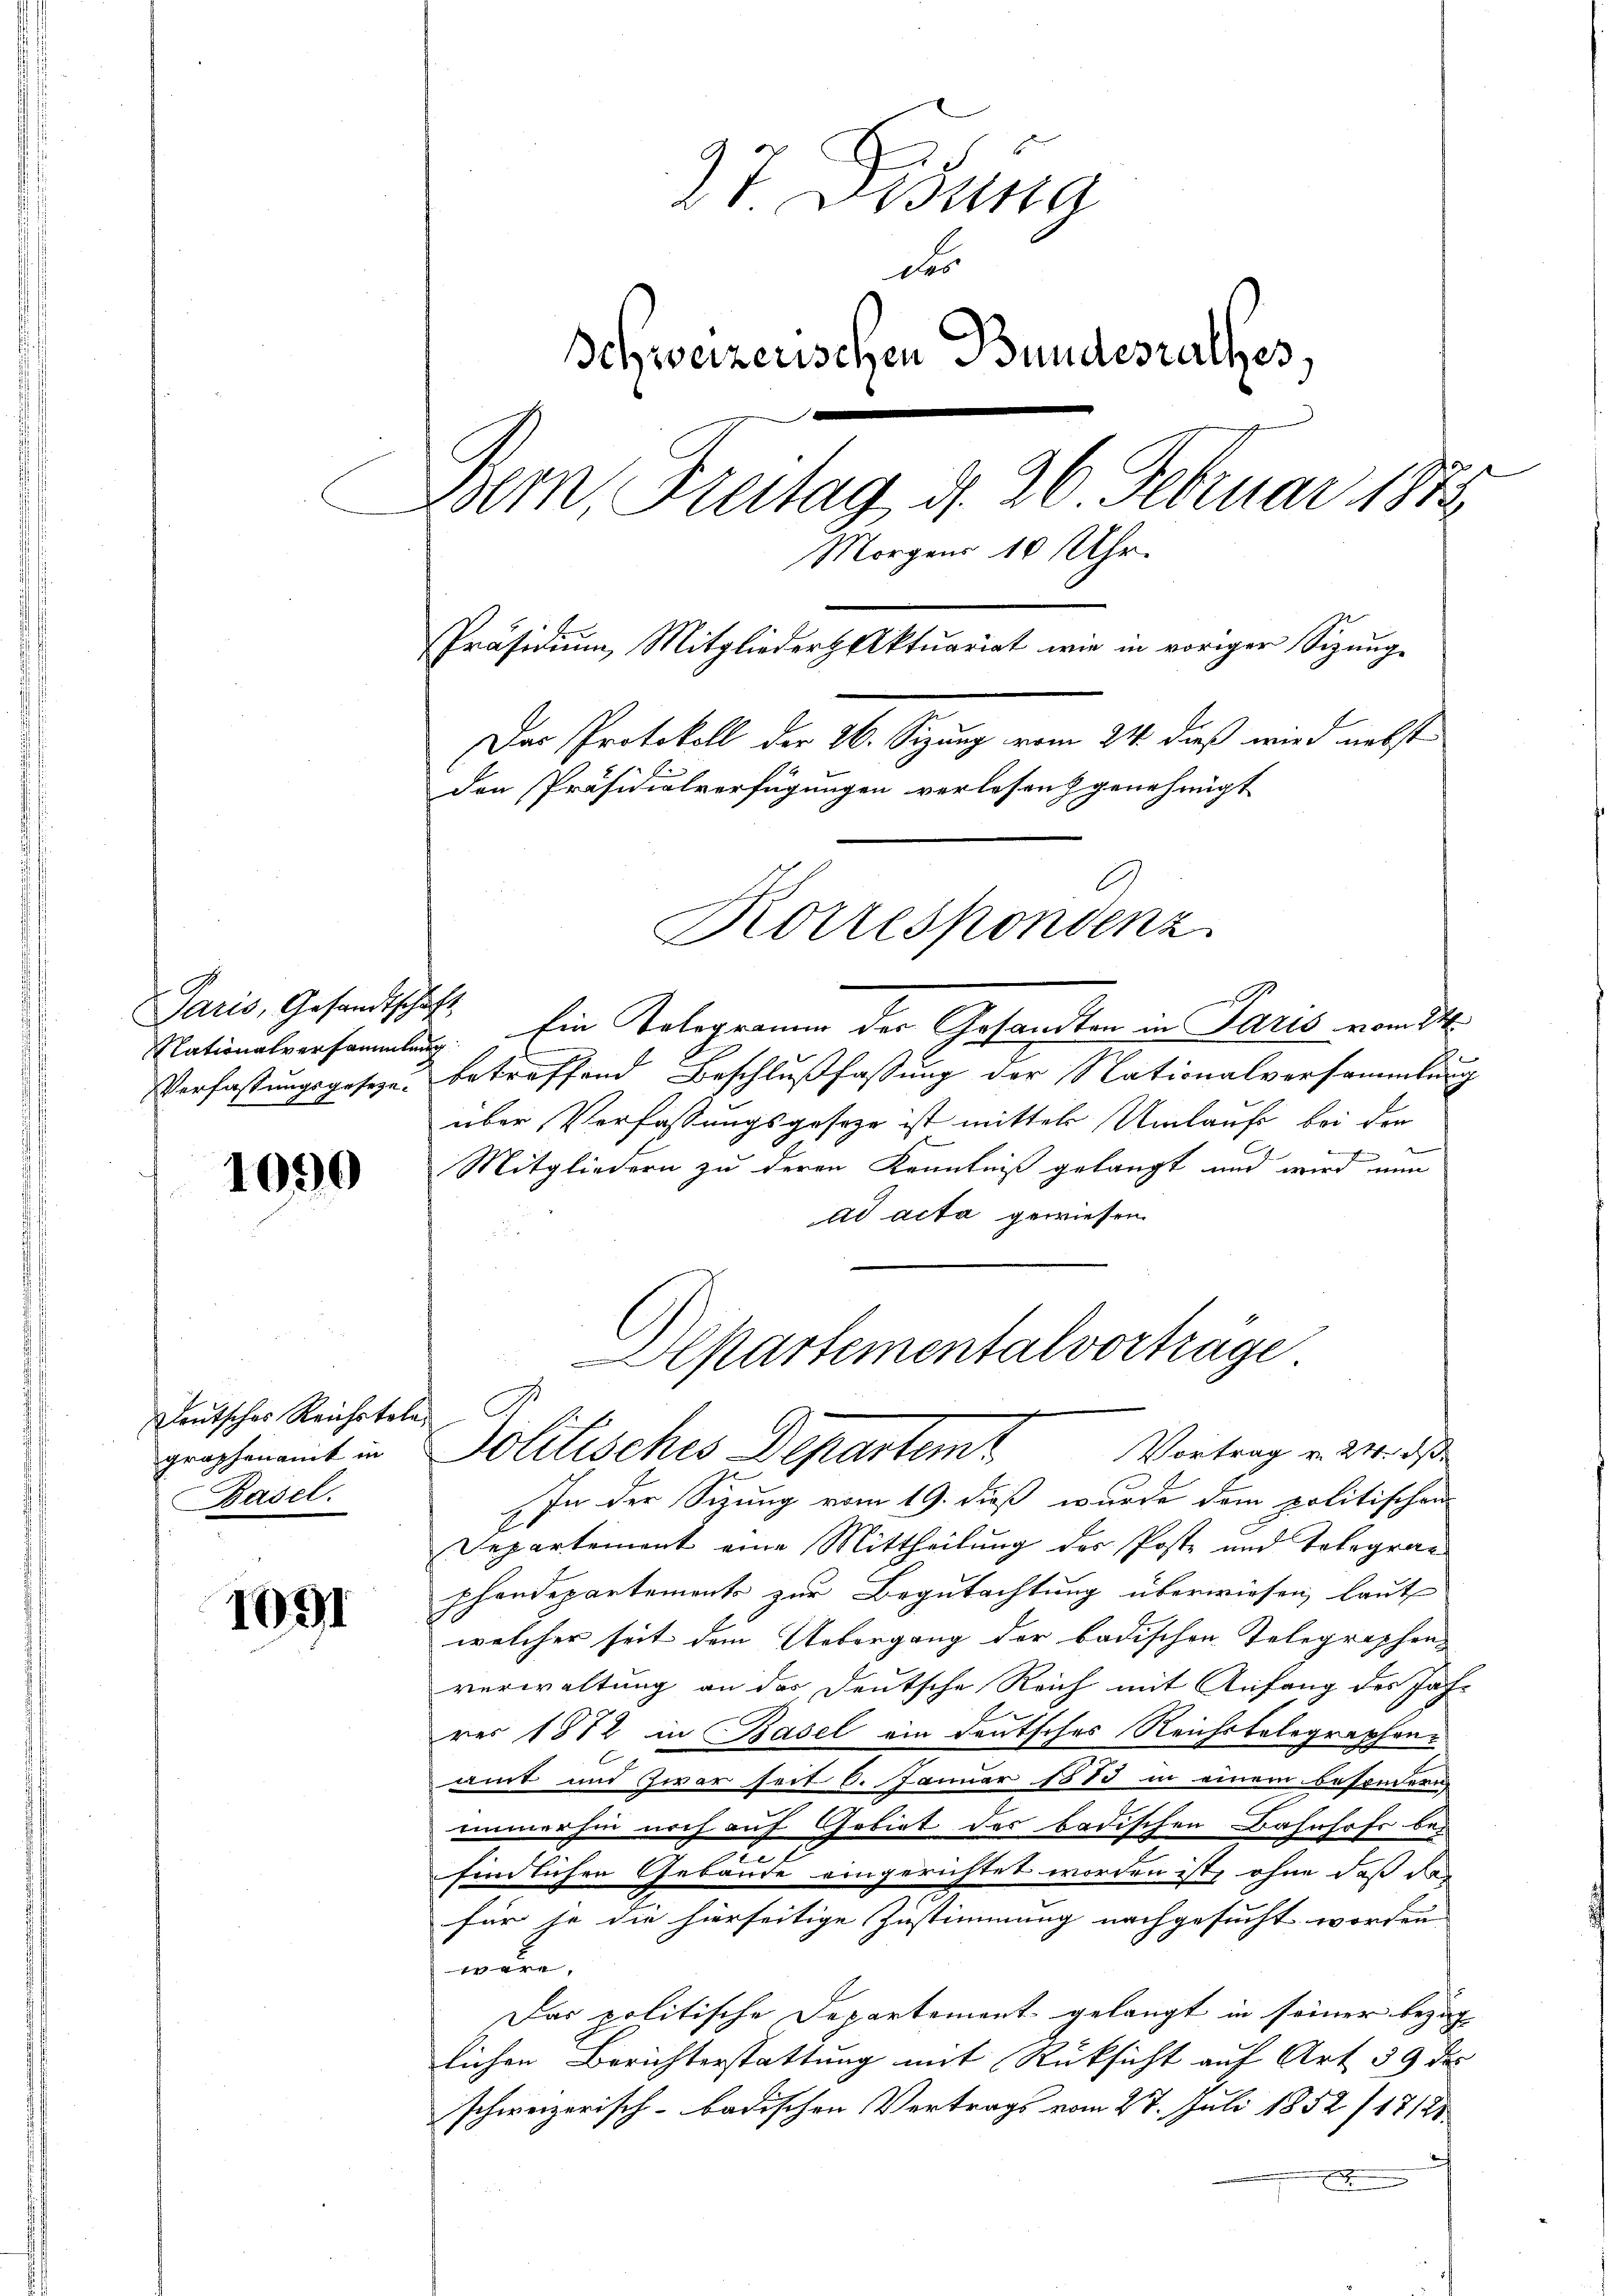
Paris, Gesandtschaft

1090

Deutsches Reichstelegraphenamt in
Basel.

1091

37. Disung
ds
Ichweizerischen Bundesrathes,
e
Bem, Freitag d. 26. Februar 1872
Morgens 10 Uhr.
Präsidiŭm, Mitglieder Aktuariat wie in voriger Sizŭnge
Das Protokoll der 26. Sizung vom 24. dieß wird nebst
Den Präsidialverfügungen verlesen genehmigt
Korrespondenz

Nationalversammlung. Ein Telegramm der Gesandten in Paris vom 24.
Verfassungsgesezen betreffend Beschlußfassung der Nationalversammlung
über Verfassungsgeseze ist mittel Umlaufe bei der
Mitgliedern zu deren Kenntniß gelangt und wird nun
ad acta gewiesen.
l
In der Sizung vom 19. dieß wurde dem politischen
Departement eine Mittheilung der Poste und Telegraphendepartements zur Begutachtung überwiesen, laut
welcher seit dem Uebergang der badischen Telegraphen-
verwaltung an das Deutsche Reich mit Anfang des Jahr
rer 1872 in Basel ein deutsches Reichsbelegraphenamt und zwar seit 6. Januar 1883 in einem besondern
immerhin noch auf Gebiet der badischen Bahnhofs bes
findlichen Gebäude eingerichtet worden ist, ohne daß das
für je die hierseitige Zustimmung nachgesucht worden
wäre,
Das politische Departement gelangt in seiner Bezug
lichen Berichterstattung mit Rücksicht auf Art 59 de
schweizerisch-badischen Vertrags vom 27. Juli 1852 (1712
.

Apartementalvorträge
g
Politisches Departemt
Vortrag v. 24. ds.